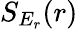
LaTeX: S_{E_{r}}(r)